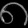
Digit: ၈